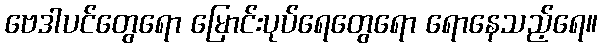
ဗေဒါပင်တွေရော မြောင်းပုပ်ရေတွေရော ရောနေသည့်ရေ။